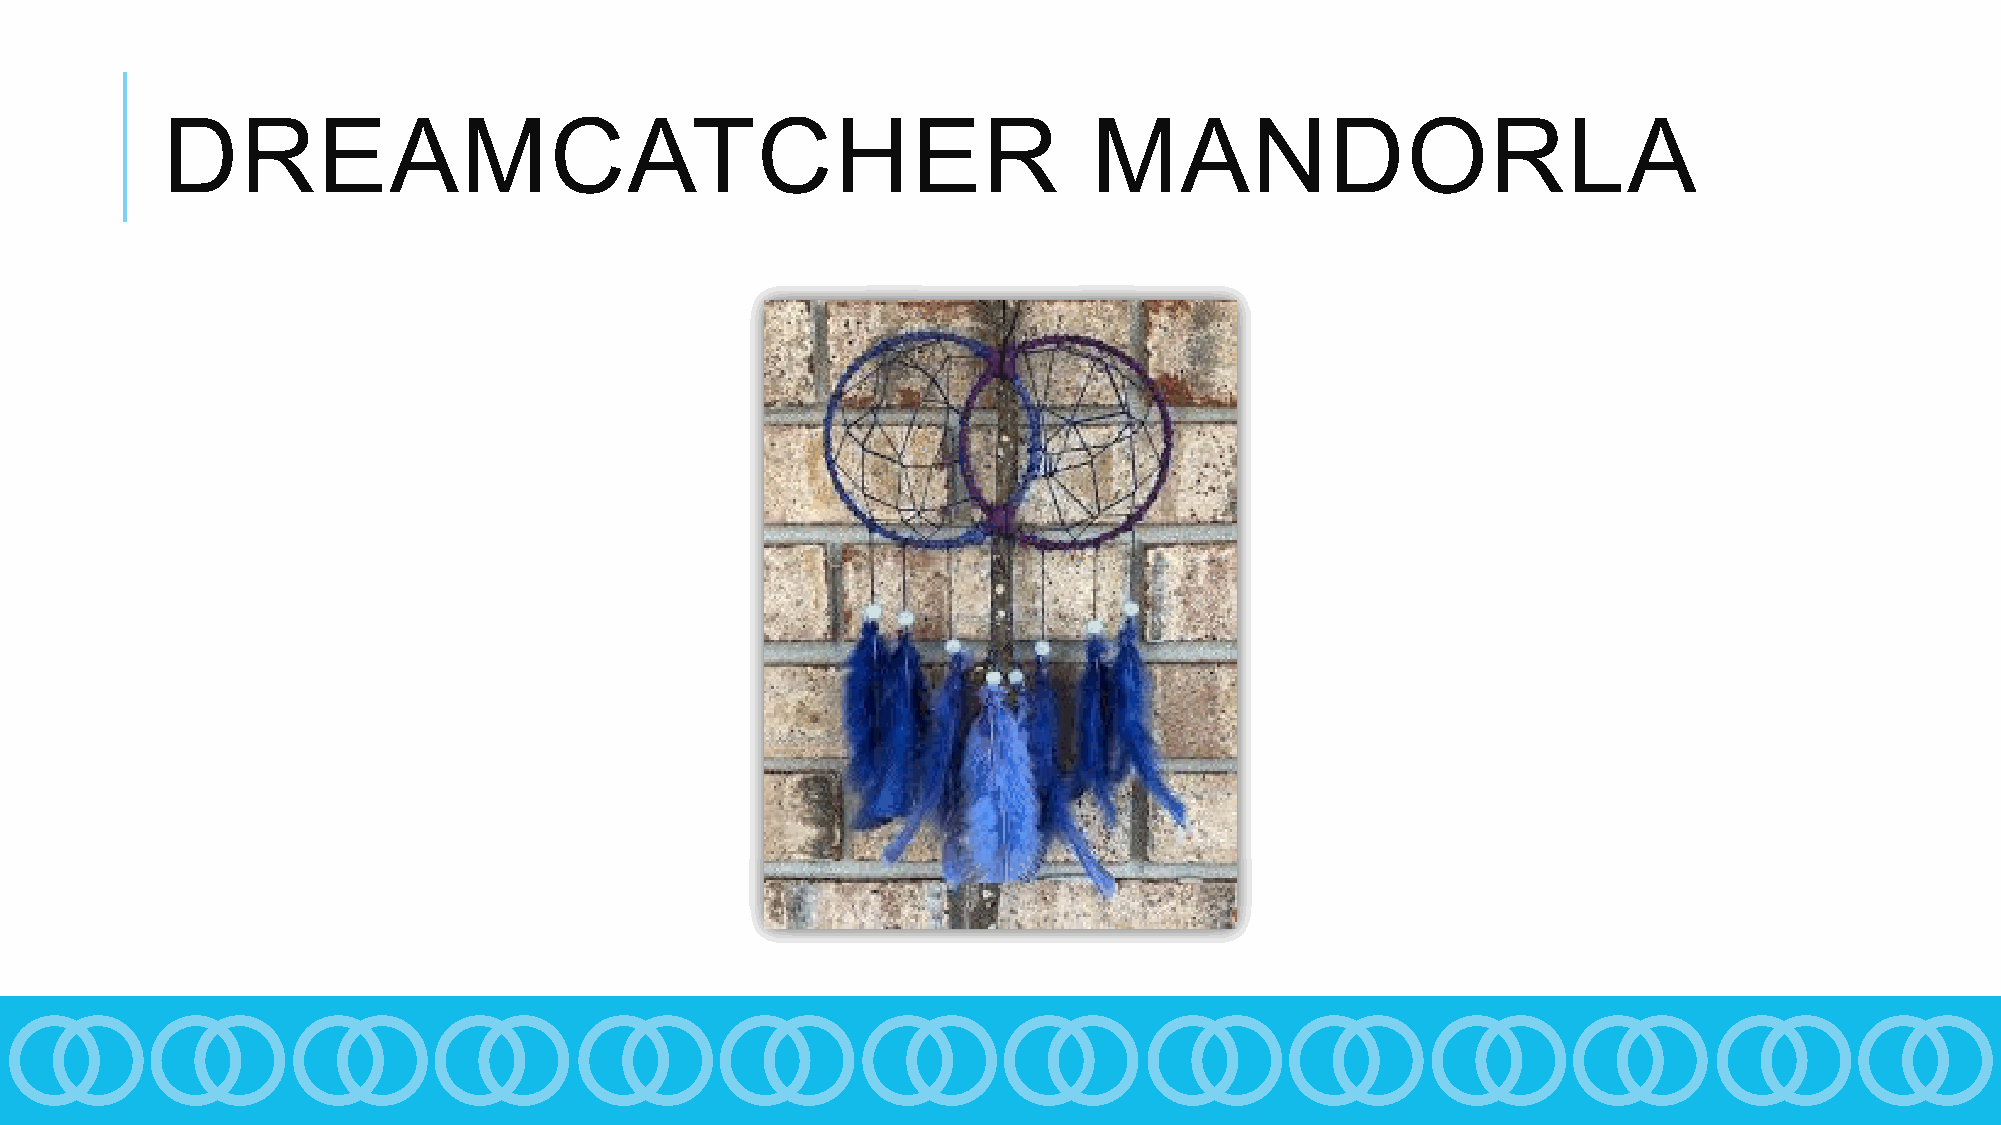
DREAMCATCHER                                                 MANDORLA